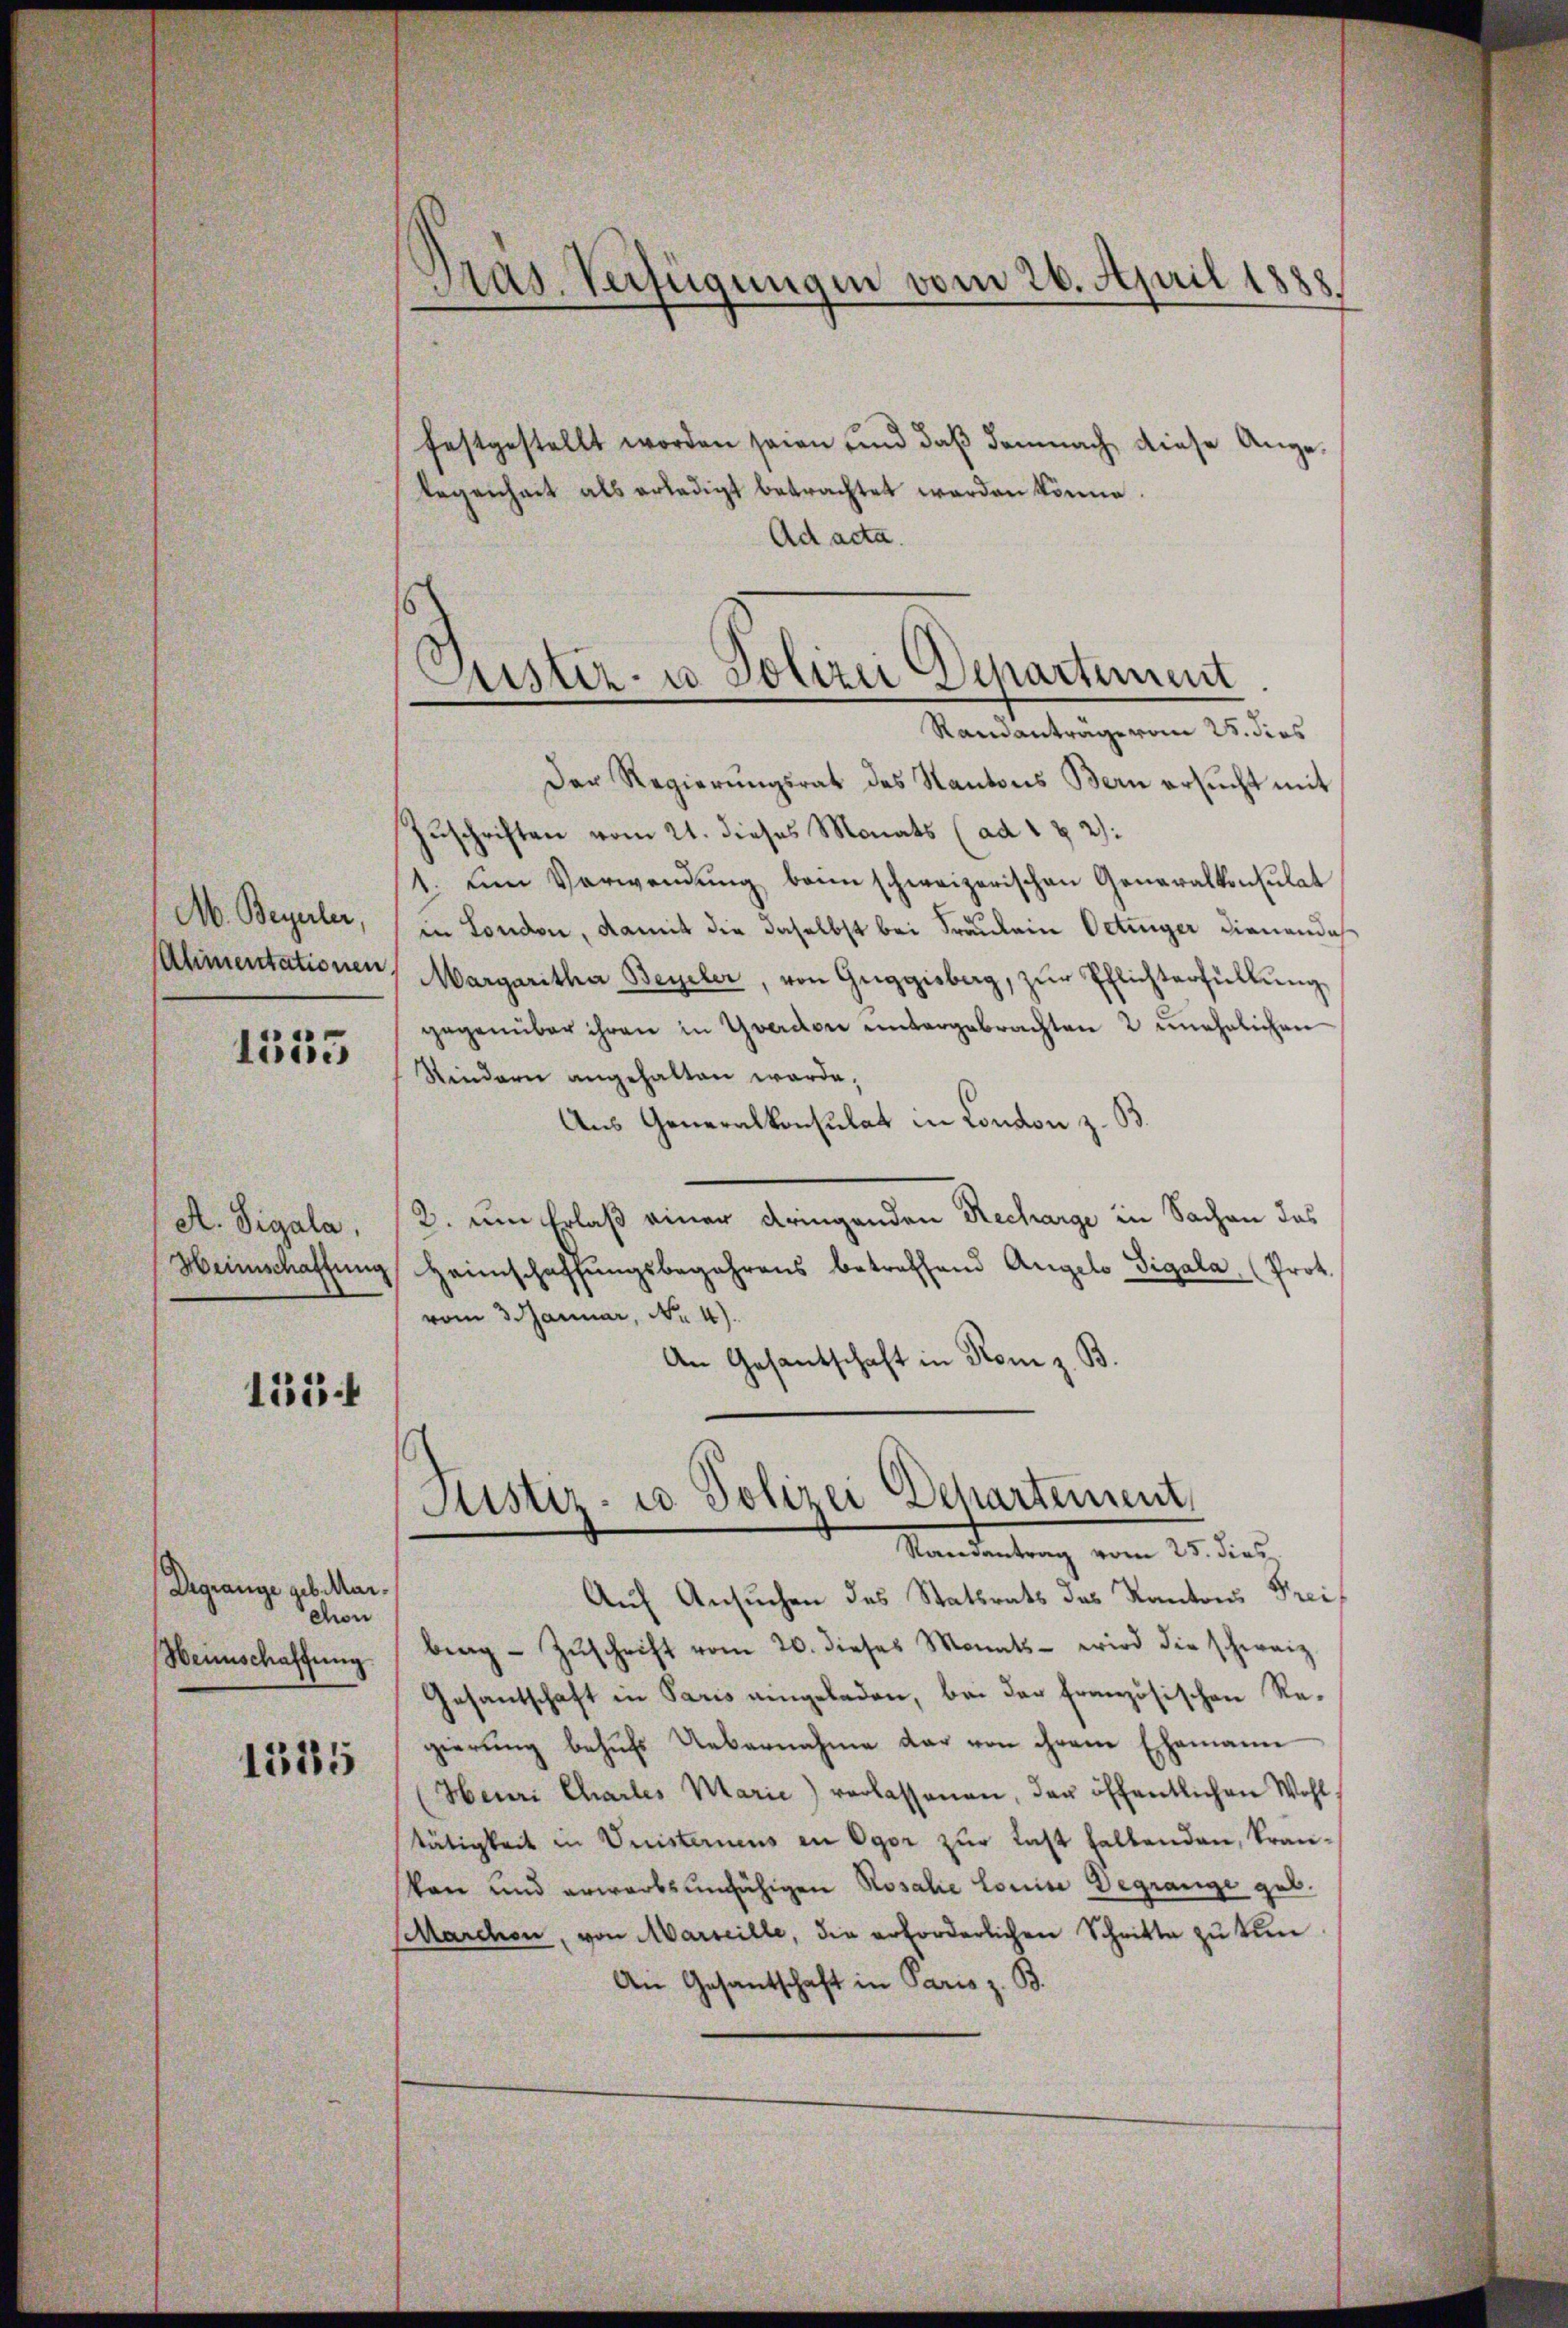
M. Beyerler,
Alimentationen

1555

A. Sigala.
Heimschaftung

1534

Degrange geb. Mar.
chon
Weinschaffung

1555

Pras. Verfügungen vom 26. April 1
.

festgestellt worden seien und daß demnach diese Ange-
legenheit als erledigt betrachtet werden könne.
Ad acta.

Justiz- u Polizei Departiment
Randanträge vom 25. dies

Der Regierŭngsrat des Kantons Bern ersŭcht mit
Zuschriften vom 21. dieses Monats (ad 1 § 2:
1. Ein Verwendung beim schweizerischen Generalkonsulat
in London, damit die daselbst bei Fräulein Oetinger dienendas
Margaritha Beyeler, von Guggisberg, zŭr Pflichterfüllŭng
gegenüber ihren in Yverdon untergebrachten 2 unehelichen
Rindern angehalten werde.
Aus Generalkonsulat in London z. B.
2. um Erlaß einer dringenden Recharge in Sachen das
Heimschaffŭngsbegehrens betreffend Angelo Sigala, (Prot.
vom 3. Januar, No 4).
An Gesantschaft in Rom z. B.

Justiz- u Polizei Departement,
Manderung vom 15. dich

Auf Ansuchen des Statsrats das Kantons Freibing Zŭschrift vom 20. dieses Monats - wird die schweiz.
Gesantschaft in Paris eingeladen, bei der französischen Re-
gierung behŭfs Uebernahme dar von ihrem Ehemann
(Henri Charles Marie) verlassenen, der öffentlichen Wohltätigkeit in Vnisterneus in Ogor zur Last haltenden, krankon und erwarbsunfähigen Rosalie Louise Degrange geb.
Marchon, von Marseille, die erforderlichen Schritte zu tun
An Gesantschaft in Paris z. B.